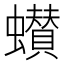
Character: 𮕌